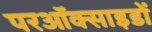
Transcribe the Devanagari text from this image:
परऑक्साइडों